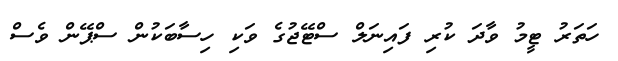
ހަތަރު ޓީމު ވާދަ ކުރި ފައިނަލް ސްޓޭޖުގެ ވަކި ހިސާބަކުން ސްޕޭން ވެސް